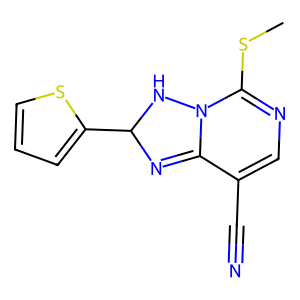
SMILES: CSC1=NC=C(C#N)C2=NC(c3cccs3)NN12
Inhibits HIV replication: No